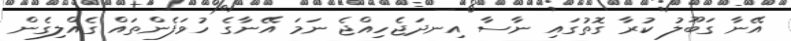
އޭނާ ގަބޫލު ކުރާ ގޮތުގައި ނާސާ އިނދަޖެހިއްޖެ ނަމަ އޭނާގެ ހުވަފެންތައް ގެއްލިގެން